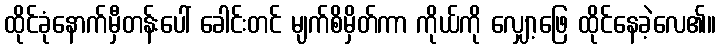
ထိုင်ခုံနောက်မှီတန်းပေါ် ခေါင်းတင် မျက်စိမှိတ်ကာ ကိုယ်ကို လျှော့ဖြေ ထိုင်နေခဲ့လေ၏။